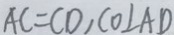
A C = C D , C O \bot A D